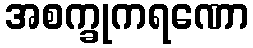
အစက္ခုကရဏော